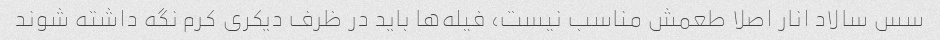
سس سالاد انار اصلا طعمش مناسب نیست، فیله‌ها باید در ظرف دیکری کرم نگه داشته شوند